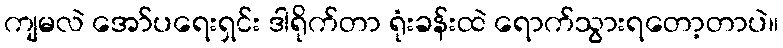
ကျမလဲ အော်ပရေးရှင်း ဒါရိုက်တာ ရုံးခန်းထဲ ရောက်သွားရတော့တာပဲ။